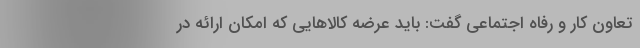
تعاون کار و رفاه اجتماعی گفت: باید عرضه کالاهایی که امکان ارائه در